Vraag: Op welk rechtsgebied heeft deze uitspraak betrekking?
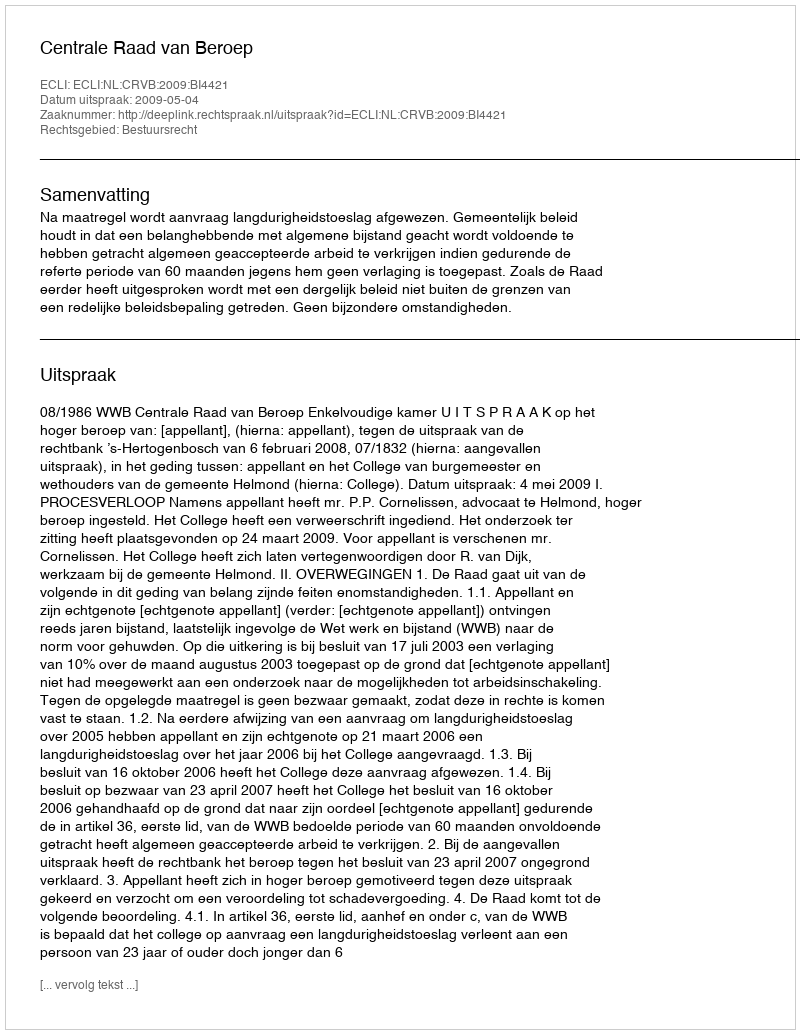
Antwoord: Bestuursrecht